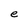
Character: e